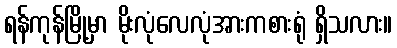
ရန်ကုန်မြို့မှာ မိုးလုံလေလုံအားကစားရုံ ရှိသလား။